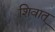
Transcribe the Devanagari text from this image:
शिवात्